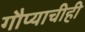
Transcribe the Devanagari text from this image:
गौप्याचीही